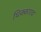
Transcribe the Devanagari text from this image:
धिक्कारच